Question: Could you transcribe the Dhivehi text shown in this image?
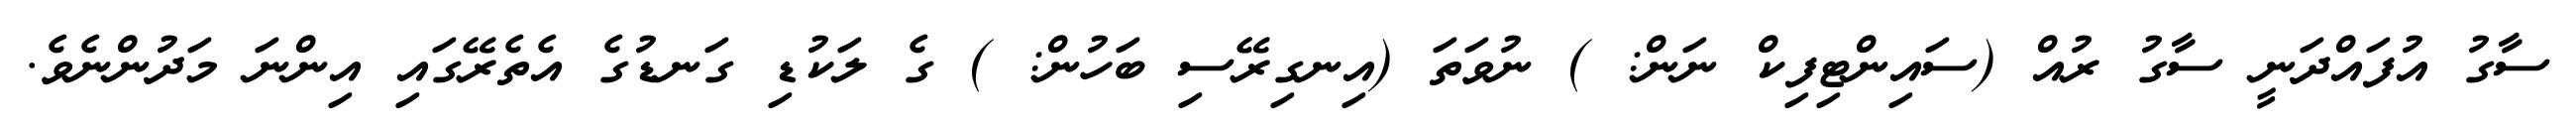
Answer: ސާގު އުފައްދަނީ ސާގު ރުއް (ސައިންޓިފިކް ނަން: ) ނުވަތަ (އިނގިރޭސި ބަހުން: ) ގެ ލަކުޑި ގަނޑުގެ އެތެރޭގައި އިންނަ މަދުންނެވެ.